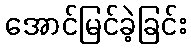
အောင်မြင်ခဲ့ခြင်း